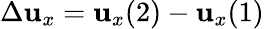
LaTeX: \Delta\mathbf{u}_{x}=\mathbf{u}_{x}(2)-\mathbf{u}_{x}(1)